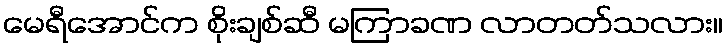
မေရီအောင်က စိုးချစ်ဆီ မကြာခဏ လာတတ်သလား။